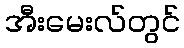
အီးမေးလ်တွင်